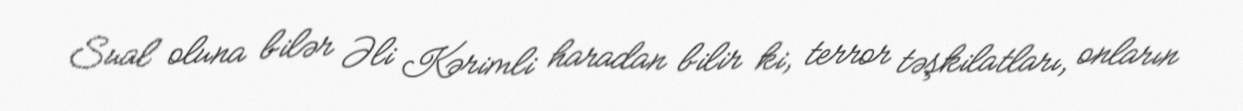
Sual oluna bilər Əli Kərimli haradan bilir ki, terror təşkilatları, onların